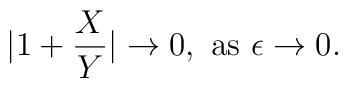
|1+{X\over Y}|\to0,\ {\rm as}\ \epsilon\to0.